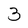
Character: 3